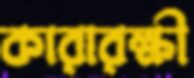
কারারক্ষী